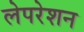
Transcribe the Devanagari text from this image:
लेपरेशन